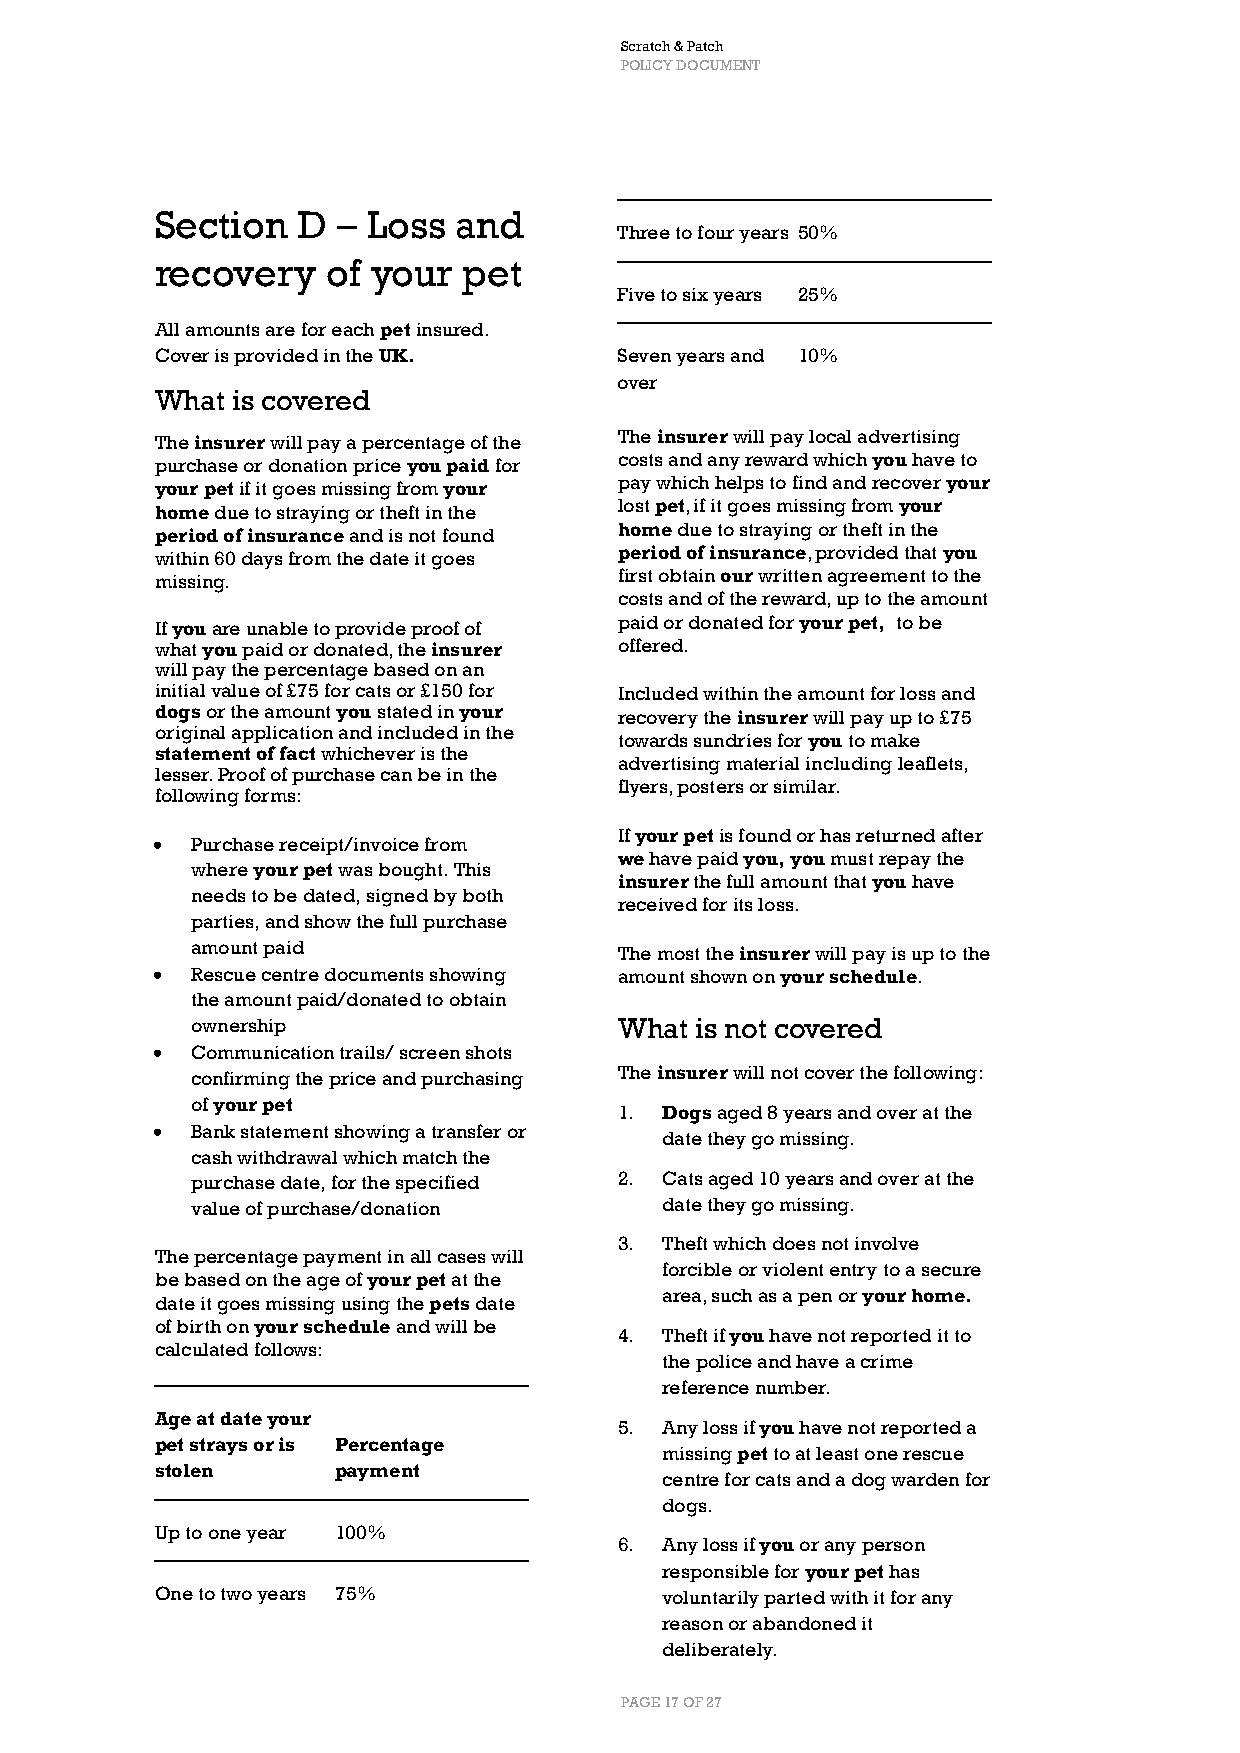
Scratch & Patch
 POLICY DOCUMENT
 Section   D – Loss  and
 Three to four years 50%
 recovery    of your  pet
 Five to six years 25%
 All amounts are for each pet insured.
 Cover is provided in the UK.   Seven years and 10%
 over
 What is covered
 The insurer will pay a percentage of the The insurer will pay local advertising
 purchase or donation price you paid for costs and any reward which you have to
 your pet if it goes missing from your pay which helps to find and recover your
 home due to straying or theft in the lost pet, if it goes missing from your
 period of insurance and is not found home due to straying or theft in the
 within 60 days from the date it goes period of insurance, provided that you
 missing.                       first obtain our written agreement to the
 costs and of the reward, up to the amount
 If you are unable to provide proof of paid or donated for your pet, to be
 what you paid or donated, the insurer offered.
 will pay the percentage based on an
 initial value of £75 for cats or £150 for Included within the amount for loss and
 dogs or the amount you stated in your recovery the insurer will pay up to £75
 original application and included in the
 towards sundries for you to make
 statement of fact whichever is the
 advertising material including leaflets,
 lesser. Proof of purchase can be in the
 flyers, posters or similar.
 following forms:
 If your pet is found or has returned after
 •  Purchase receipt/invoice from
 we have paid you, you must repay the
 where your pet was bought. This
 insurer the full amount that you have
 needs to be dated, signed by both
 received for its loss.
 parties, and show the full purchase
 amount paid                 The most the insurer will pay is up to the
 •  Rescue centre documents showing amount shown on your schedule.
 the amount paid/donated to obtain
 ownership                   What is not covered
 •  Communication trails/ screen shots
 confirming the price and purchasing The insurer will not cover the following:
 of your pet
 1. Dogs aged 8 years and over at the
 •  Bank statement showing a transfer or
 date they go missing.
 cash withdrawal which match the
 purchase date, for the specified 2. Cats aged 10 years and over at the
 value of purchase/donation     date they go missing.
 3. Theft which does not involve
 The percentage payment in all cases will
 forcible or violent entry to a secure
 be based on the age of your pet at the
 area, such as a pen or your home.
 date it goes missing using the pets date
 of birth on your schedule and will be
 4. Theft if you have not reported it to
 calculated follows:
 the police and have a crime
 reference number.
 Age at date your
 5. Any loss if you have not reported a
 pet strays or is Percentage
 missing pet to at least one rescue
 stolen      payment
 centre for cats and a dog warden for
 dogs.
 Up to one year 100%
 6. Any loss if you or any person
 responsible for your pet has
 One to two years 75%              voluntarily parted with it for any
 reason or abandoned it
 deliberately.
 PAGE 17 OF 27